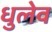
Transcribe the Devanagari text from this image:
धुलेव